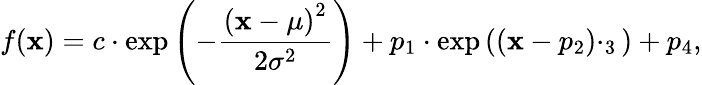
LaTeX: f(\mathbf{x})=c\cdot\exp{\left(-\frac{{\left(\mathbf{x}-\mu\right)^{2}}}{{2\sigma^{2}}}\right)}+p_{1}\cdot\exp{\left((\mathbf{x}-p_{2})\cdotp_{3}\right)}+p_{4},